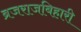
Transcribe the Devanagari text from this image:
ब्रजराजबिहारी